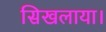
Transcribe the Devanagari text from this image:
सिखलाया।